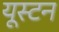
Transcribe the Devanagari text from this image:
यूस्टन